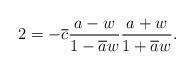
LaTeX: \begin{align*}2=-\overline{c}\frac{a-w}{1-\overline{a}w}\frac{a+w}{1+\overline{a}w}.\end{align*}